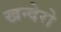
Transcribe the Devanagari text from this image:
खन्देरो